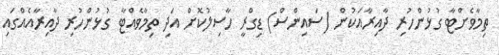
ތިމާވެށްޓާ ގުޅުންހުރި ދާއިރާއަކުން (ސައިންސް) ޑިގްރީ ހާސިލުކޮށް އަދި ތިމާވެއްޓާ ގުޅުންހުރި ދާއިރާއެއްގައި